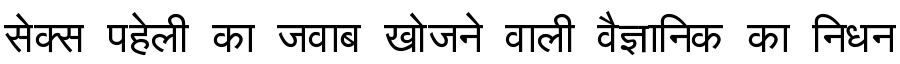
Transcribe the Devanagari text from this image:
सेक्स पहेली का जवाब खोजने वाली वैज्ञानिक का निधन